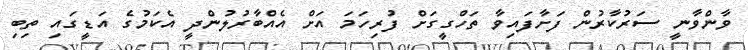
ވާންވާނީ ސަރުކާރުން ފަށާފައިވާ ތަހްގީގަށް ފުރިހަމަ އަށް އެއްބާރުލުންދީ އެކަމުގެ އަޑީގައި ތިބި